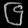
Digit: ၆